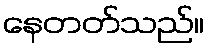
နေတတ်သည်။